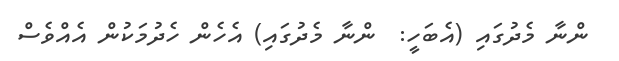
ންނާ މެދުގައި (އެބަހީ:  ންނާ މެދުގައި) އެހެން ހެދުމަކުން އެއްވެސް